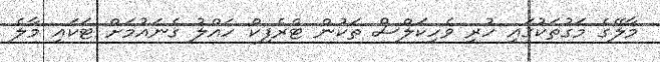
މާލޭގެ މަގުތަކުގައި ހުރި ވެހިކަލްސް ތަކުން ޓްރެފިކް ހައްލު ގެނައުމަށް ޓަކައި މާލެ